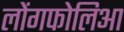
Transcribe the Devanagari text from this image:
लोंगफोलिआ